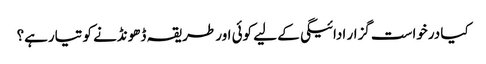
کیا درخواست گزار ادائیگی کے لیے کوئی اور طریقہ ڈھونڈنے کو تیارہے؟